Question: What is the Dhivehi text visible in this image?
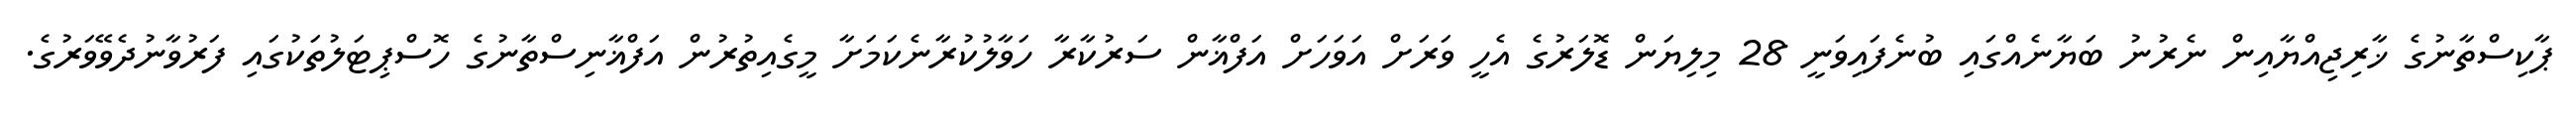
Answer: ޕާކިސްތާނުގެ ޚާރިޖިއްޔާއިން ނެރުނު ބަޔާނެއްގައި ބުނެފައިވަނީ 28 މިލިޔަން ޑޮލަރުގެ އެހީ ވަރަށް އަވަހަށް އަފްޣާން ސަރުކާރާ ހަވާލުކުރާނެކަމަށާ މީގެއިތުރުން އަފްޣާނިސްތާނުގެ ހޮސްޕިޓަލުތަކުގައި ފަރުވާނުދެވޭވަރުގެ.